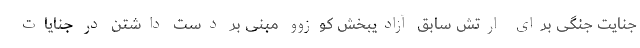
جنایت جنگی برای ارتش سابق آزادیبخش کوزوو مبنی بر دست داشتن در جنایات